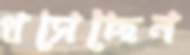
ধসেছেন